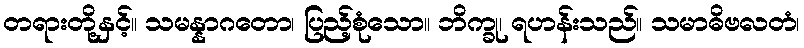
တရားတို့နှင့်။ သမန္နာဂတော၊ ပြည့်စုံသော။ ဘိက္ခု၊ ရဟန်းသည်။ သမာဓိဗလတံ၊